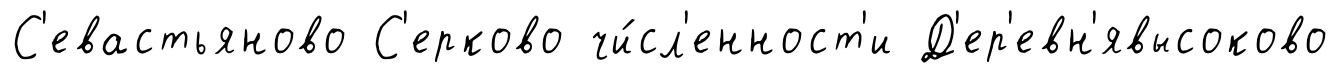
С'евастьяново С'ерково чи́сл'енност'и Д'ер'евн'явысоково